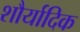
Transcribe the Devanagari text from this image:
शौर्यादिक